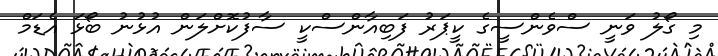
މި ގޯލު ވަނީ ސްވެންސީގެ ކީޕަރު ފަބިއާންސްކީ ސާފުކޮށްލަން އުޅުނު ބޯޅަ އެޑަމް